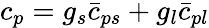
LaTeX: c_{p}=g_{s}\bar{c}_{ps}+g_{l}\bar{c}_{pl}